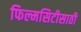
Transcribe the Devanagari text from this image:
फिल्मसिटीसाठी